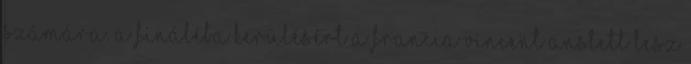
számára. A fináléba kerülésért a francia Vincent Anstett lesz